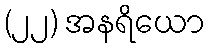
(၂၂) အနရိယော